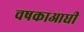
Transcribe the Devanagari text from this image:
चषकाआधी